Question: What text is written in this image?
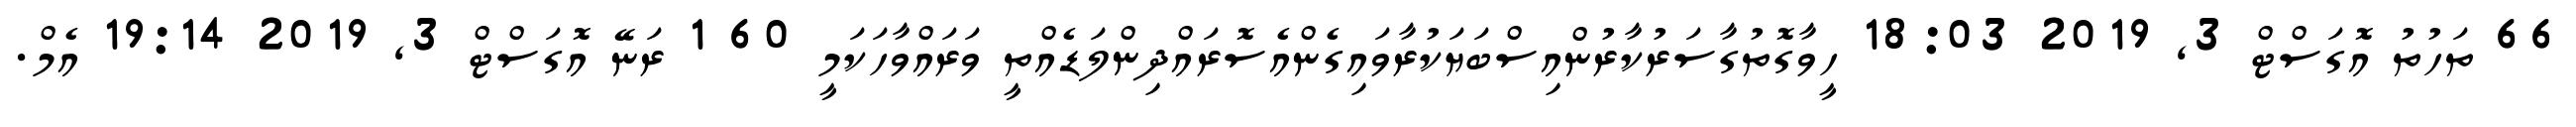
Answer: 66 ތަހުތު އޮގަސްޓް 3, 2019 18:03 ހީވާގޮތުގާސަރުކާރުންއިސްބަޔަކުރާވައިގެންއެސޮރައްދިންލަޑެއްތީ ވަރައްވާހަކަމީ 60 1 ރަނޭ އޮގަސްޓް 3, 2019 19:14 އެމް.